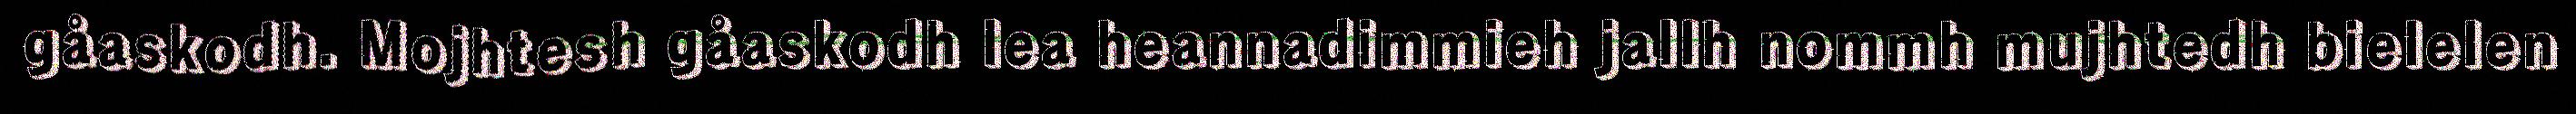
gåaskodh. Mojhtesh gåaskodh lea heannadimmieh jallh nommh mujhtedh bielelen